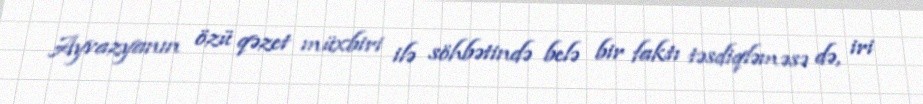
Ayvazyanın özü qəzet müxbiri ilə söhbətində belə bir faktı təsdiqləməsə də, iri